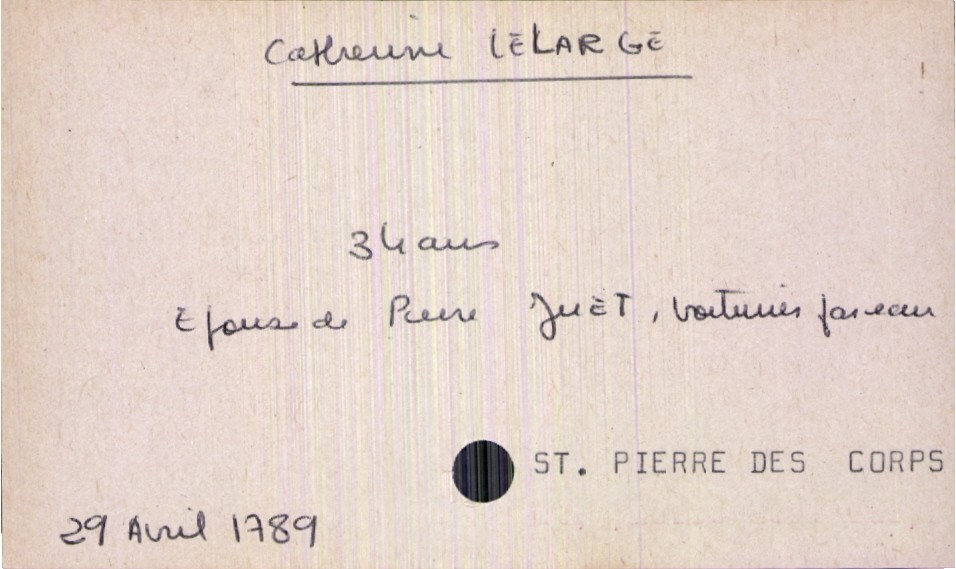
type_acte: Décès
année: 1789
mois: avril
jour: 29
paroisse: Saint Pierre des Corps
défunt_nom: Lelarge
défunt_prénom: Catherine
défunt_sexe: F
défunt_âge: 34 ans
défunt_statut: marié(e)